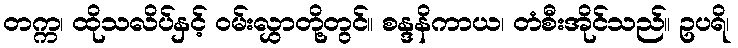
တက္က၊ ထိုသလိပ်နှင့် ဝမ်းလွှာတို့တွင်။ စန္ဒနိကာယ၊ တံစီးအိုင်သည်။ ဥပရိ၊